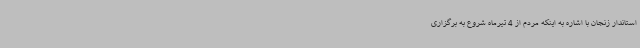
استاندار زنجان با اشاره به اینکه مردم از 4 تیرماه شروع به برگزاری